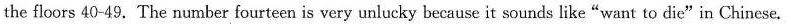
the floors 40-49. The number fourteen is very unlucky because it sounds like"want to die"in Chinese.